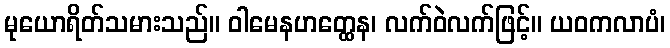
မုယောရိတ်သမားသည်။ ဝါမေနဟတ္ထေန၊ လက်ဝဲလက်ဖြင့်။ ယဝကလာပံ၊